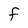
Character: f